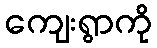
ကျေးရွာကို